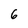
Character: 6